Statistics compiled by the Government of India from the reports of provincial Civil Veterinary Departments
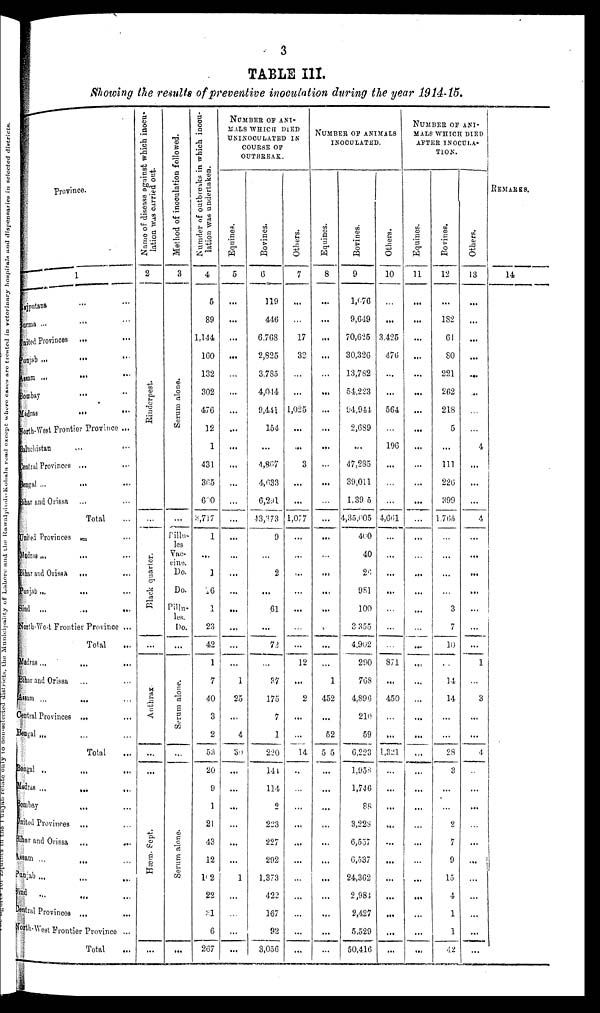
3
TABLE III.
Showing the results of preventive inoculation during the year 1914-15.
Province.
1
Rajputana ... ...
Burma ... ... ...
United Provinces
... ...
Punjab ... ... ...
Assam
...
...
...
Bombay ... ...
Madras
...
...
North-West Frontier Province ...
Baluchistan ... ...
Central Provinces ...
Bengal ... ... ...
Bihar and Orissa ... ...
Total ...
United Provinces ... ...
Madras ... ... ...
Bihar and Orissa
...
...
Punjab ... ... ...
Sind ... ... ... ...
Nortli-West Frontier Province ...
Total ...
Madras
...
...
...
...
Bihar and Orissa ... ...
Assam ... ... ...
Central Provinces ... ...
Bengal ... ... ...
Total ...
Bengal .. ... ...
Madras
...
...
...
Bombay
...
...
United Provinces
... ...
Bihar and Orissa ... ...
Assam ... ... ...
Punjab ... ... ... ...
Sind
... ... ...
Central Provinces ... ...
North-West Frontier Province ...
Total ...
Name of disease against which inocu-
lation was carried out.
2
Ri nder pes t
.
Black quarter.
...
Ant hr a x
...
...
Hæm. Sept .
...
Method of inoculation followed.
3
Se r
um a l
one .
...
Pillu-
Vac-
cine.
Do.
Do.
Pillu-
les.
Do.
...
Serum alone.
...
Serum alone.
...
Numder
of outbreaks in which inocu-
lation was undertaken.
4
5
89
1,144
160
132
302
476
12
1
431
365
600
3,717
1
...
1
16
1
23
42
1
7
40
3
2
53
20
9
1
21
43
12
102
22
31
6
267
NUMBER OF ANI-
MALS WHICH DIED
UNINOCULATED IN
COURSE OF
OUTBREAK.
Equines.
5
...
...
...
...
...
...
...
...
...
...
...
...
...
...
...
...
...
...
...
...
...
1
25
...
4
39
...
...
...
...
...
...
1
...
...
...
...
Bovines.
6
119
446
6,768
2,825
3,785
4,044
9,441
154
...
4,867
4,633
6,291
43,373
9
...
2
...
61
...
72
...
37
175
7
1
220
144
114
2
223
227
292
1.373
422
167
92
3,056
Others.
7
...
...
17
32
...
...
1,025
...
...
3
...
...
1,077
...
...
...
...
...
...
...
12
...
2
...
...
14
...
...
...
...
...
...
...
...
...
...
...
NUMBER OF ANIMALS INOCULATED.
Equines.
8
...
...
...
...
...
...
...
...
...
...
...
...
...
...
...
...
...
...
...
...
...
1
452
...
52
55
...
...
...
...
...
...
...
...
...
...
...
Bovines.
9
1,076
9,649
70,625
30,326
13,782
54,223
94,944
2,689
...
47,285
39,011
1.39 5
4,35,005
400
40
26
981
100
3,355
4,902
290
768
4,896
210
59
6,223
1,958
1,746
88
3,228
6,557
6,537
24,362
2,984
2,427
5,529
50,416
Others.
10
...
...
3,425
476
...
...
564
...
196
...
...
...
4,661
...
...
...
...
...
...
...
871
...
450
...
...
1,321
...
...
...
...
...
...
...
...
...
...
...
NUMBER OF ANI¬
MALS WHICH DIED
AFTER INOCULA-
TION.
Equines.
11
...
...
...
...
...
...
...
...
...
...
...
...
...
...
...
...
...
...
...
...
...
...
...
...
...
...
...
...
...
...
...
...
...
...
...
...
...
Bovines.
12
...
182
61
80
221
262
218
5
...
111
226
399
1,765
...
...
...
...
3
7
10
...
14
14
...
...
28
3
...
...
2
7
9
15
4
1
1
42
Others.
13
...
...
...
...
...
...
...
4
...
...
...
4
...
...
...
..
...
...
...
1
3
...
...
4
...
...
...
...
...
...
...
...
...
...
...
REMARKS.
14